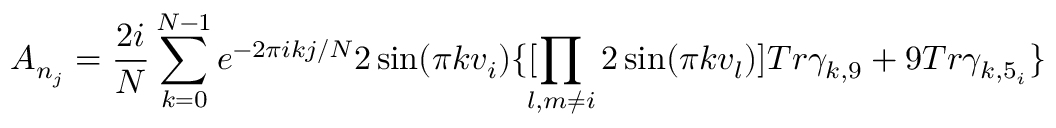
A _ { n _ { j } } = \frac { 2 i } { N } \sum _ { k = 0 } ^ { N - 1 } e ^ { - 2 \pi i k j / N } 2 \sin ( \pi k v _ { i } ) \{ [ \! \! \prod _ { l , m \not = i } 2 \sin ( \pi k v _ { l } ) ] T r \gamma _ { k , 9 } + 9 T r \gamma _ { k , 5 _ { i } } \}